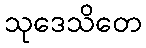
သုဒေသိတေ